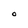
Character: o